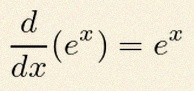
\frac{d}{dx}(e^x)=e^x